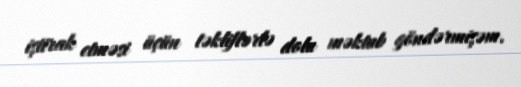
iştirak etməsi üçün təkliflərlə dolu məktub göndərmişəm.